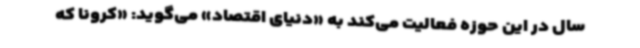
سال در این حوزه فعالیت می‌کند به «دنیای اقتصاد» می‌گوید: «کرونا که